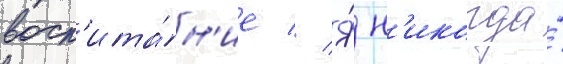
восп'ита́н'ие // Я́ н'икогда́